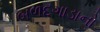
બળદગાડાનો